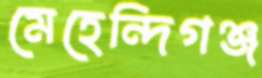
মেহেন্দিগঞ্জ